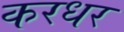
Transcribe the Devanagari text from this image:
करधर